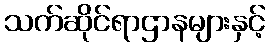
သက်ဆိုင်ရာဌာနများနှင့်